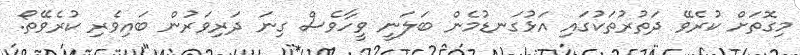
މިގޮތަށް ކުރެވޭ ދަތުރުތަކުގައި އަޅުގަނޑުމެން ބަލަނީ ވީހާވެސް ގިނަ ދަރިވަރުން ބައިވެރި ކުރެވޭތޯ.